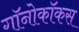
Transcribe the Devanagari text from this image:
गॉनोकॉकस